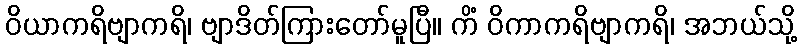
ဝိယာကရိဗျာကရိ၊ ဗျာဒိတ်ကြားတော်မူပြီ။ ကိံ ဝိကာကရိဗျာကရိ၊ အဘယ်သို့